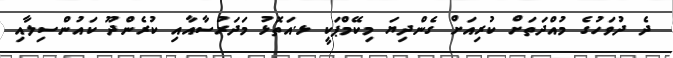
ދެ ދުވަހުގެ މުއްދަތަށް ކުރިއަށް ގެންދިޔަ މިކޭމްޕަކީ ޅ.އަތޮޅު މަދަރުސާއާއި ކުރެންދޫ ކައުންސިލާއި